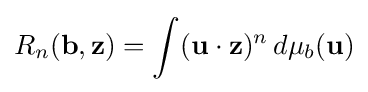
R_{n}(\mathbf {b} ,\mathbf {z} )=\int (\mathbf {u} \cdot \mathbf {z} )^{n}\,d\mu _{b}(\mathbf {u} )